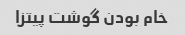
خام بودن گوشت پیتزا